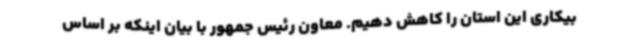
بیکاری این استان را کاهش دهیم. معاون رئیس جمهور با بیان اینکه بر اساس